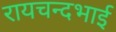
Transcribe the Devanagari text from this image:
रायचन्दभाई